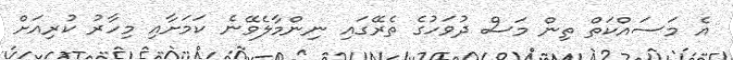
އެ މަސައްކަތް ތިން މަސް ދުވަހުގެ ތެރޭގައި ނިންމާލެވޭނެ ކަަމަށާއި މިހާރު ކުރިއަށް